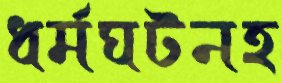
ধর্মঘটনহ